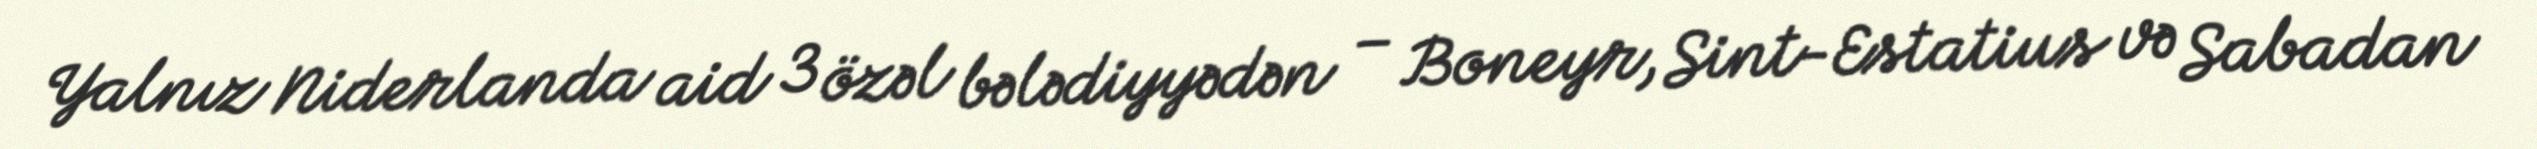
Yalnız Niderlanda aid 3 özəl bələdiyyədən – Boneyr, Sint-Estatius və Sabadan